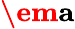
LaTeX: \textbf{\em a}